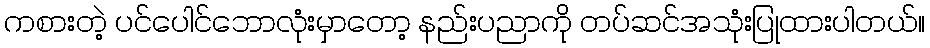
ကစားတဲ့ ပင်ပေါင်ဘောလုံးမှာတော့ နည်းပညာကို တပ်ဆင်အသုံးပြုထားပါတယ်။